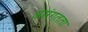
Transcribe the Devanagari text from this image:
असंगतता